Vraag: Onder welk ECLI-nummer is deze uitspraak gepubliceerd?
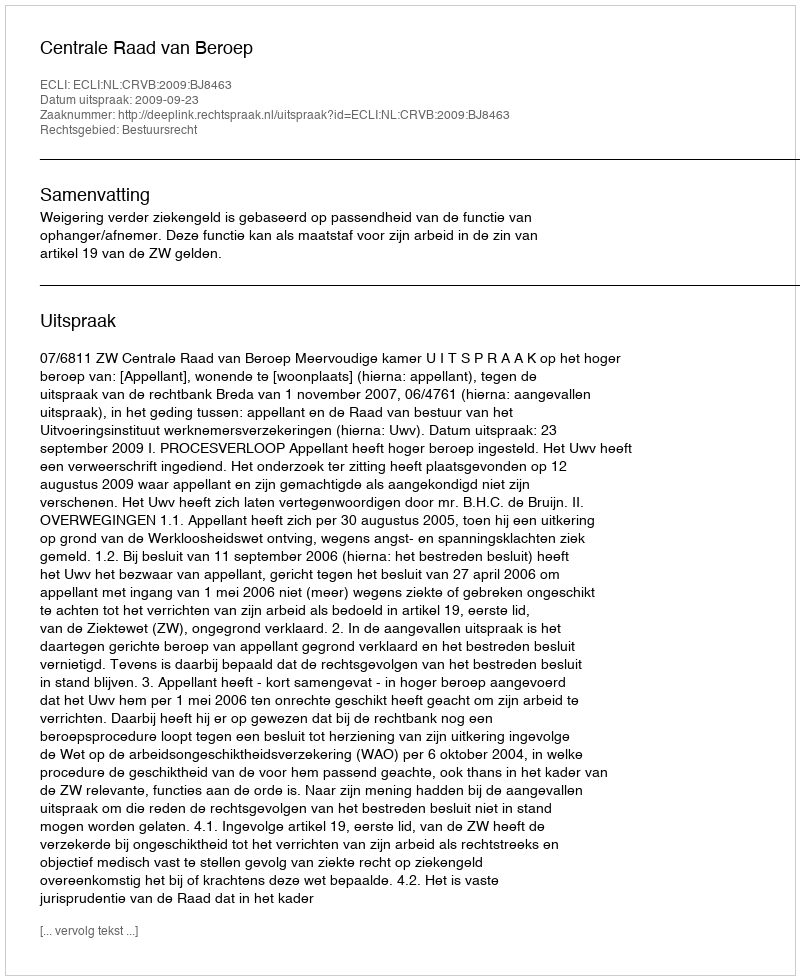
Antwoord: ECLI:NL:CRVB:2009:BJ8463